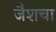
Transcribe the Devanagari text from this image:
जैशचा